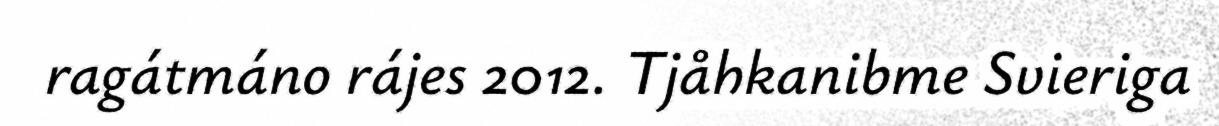
ragátmáno rájes 2012. Tjåhkanibme Svieriga